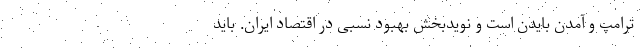
ترامپ و آمدن بایدن است و نویدبخش بهبود نسبی در اقتصاد ایران. باید